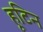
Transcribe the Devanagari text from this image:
हूटिन